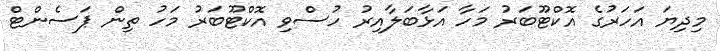
މިދިޔަ އަހަރުގެ އޮކްޓޫބަރު މަހާ އަޅާބަލާއިރު ހުސްވި އޮކްޓޫބަރު މަހު ތިން ޕަސެންޓް